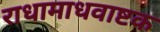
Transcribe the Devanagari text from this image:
राधामाधवाष्टक